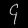
Digit: ၄